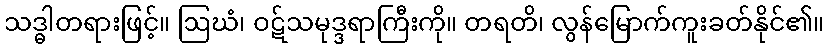
သဒ္ဓါတရားဖြင့်။ ဩဃံ၊ ဝဋ်သမုဒ္ဒရာကြီးကို။ တရတိ၊ လွန်မြောက်ကူးခတ်နိုင်၏။